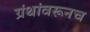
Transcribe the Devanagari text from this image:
ग्रंथांवरूनच